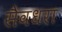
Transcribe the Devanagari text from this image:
सैवधरा